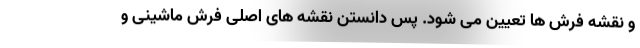
و نقشه فرش ها تعیین می شود. پس دانستن نقشه های اصلی فرش ماشینی و